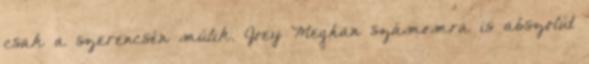
csak a szerencsén múlik. Joey Meghan számomra is abszolút